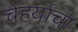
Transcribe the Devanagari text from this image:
चेहर्याचा